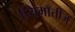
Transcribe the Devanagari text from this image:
प्यिमाँतीज